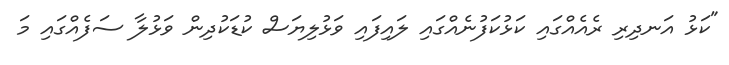
"ކަޅު އަނދިރި ރެއެއްގައި ކަޅުކަފުނެއްގައި ލައިފައި ވަޅުލިޔަސް ކުޑަކުދިން ވަޅުލާ ސަފެއްގައި މަ